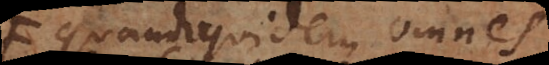
quandoquidem omnes